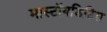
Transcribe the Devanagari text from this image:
मास्टॉयडिटिस